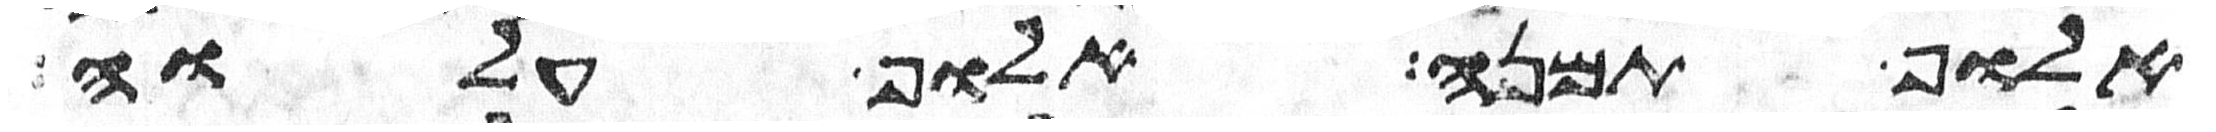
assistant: אלוף תמנע אלוף עלוה